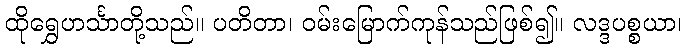
ထိုရွှေဟင်္သာတို့သည်။ ပတိတာ၊ ဝမ်းမြောက်ကုန်သည်ဖြစ်၍။ လဒ္ဒပစ္စယာ၊